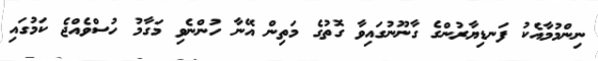
ނިންމުމާއެކު ފަނޑިޔާރުންގެ ގާނޫނުގައިވާ ގޮތުގެ މަތިން އޭނާ ހުންނެވި މަގާމު ހުސްވެއްޖެ ކަމުގައި